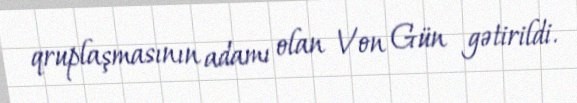
qruplaşmasının adamı olan Von Gün gətirildi.